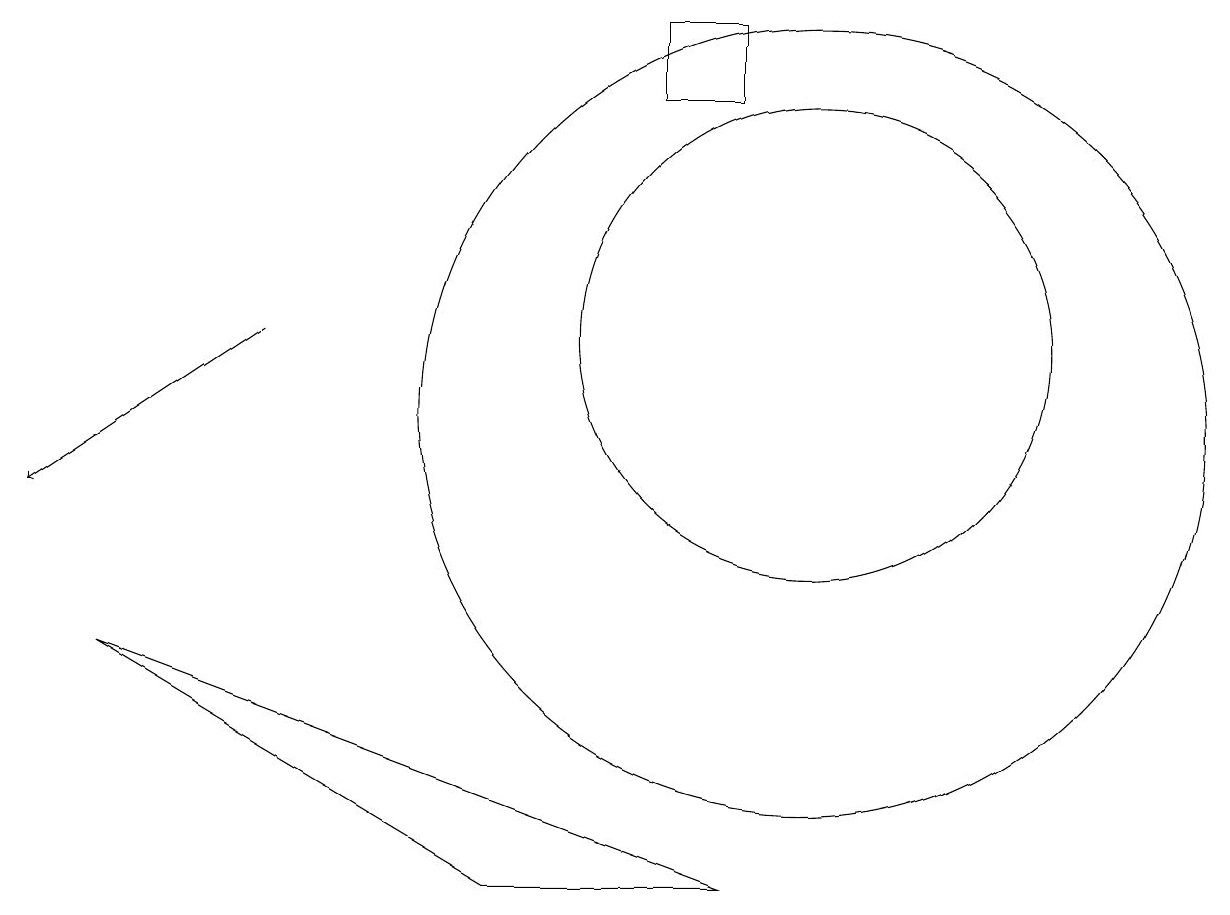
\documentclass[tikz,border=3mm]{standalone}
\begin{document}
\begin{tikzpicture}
\draw (10,12) circle (3);
\draw (9,15) rectangle (8,16);
\draw (6,5) -- (9,5) -- (1,8) -- cycle;
\draw (10,11) circle (5);
\draw[->] (3,12) -- (0,10);
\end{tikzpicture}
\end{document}